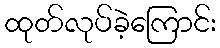
ထုတ်လုပ်ခဲ့ကြောင်း